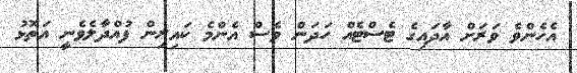
އެހެންވެ ވަރަށް އާދައިގެ ޓެސްޓެއް ހަދަން ވެސް އެންމެ ކައިރިން ފުއްދާލެވެނީ އަތޮޅު